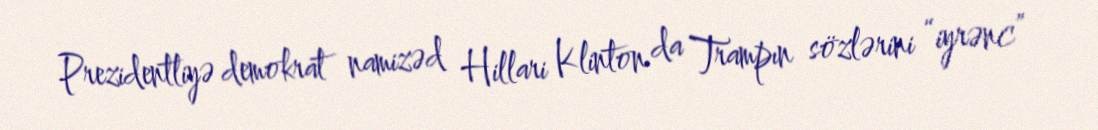
Prezidentliyə demokrat namizəd Hillari Klinton da Trampın sözlərini “iyrənc”